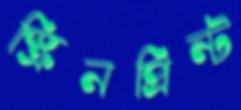
স্ক্রিনপ্রিন্ট